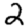
Digit: 2